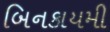
બિનકાયમી